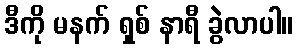
ဒီကို မနက် ရှစ် နာရီ ခွဲလာပါ။